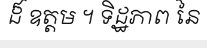
ដ៏ ឧត្តម ។ ទិដ្ឋភាព នៃ